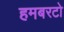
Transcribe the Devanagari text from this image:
हमबरटो